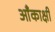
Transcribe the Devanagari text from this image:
आँकाक्षी